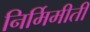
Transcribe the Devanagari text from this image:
निर्मिमीती